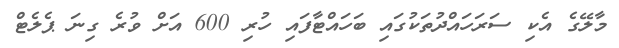
މާލޭގެ އެކި ސަރަހައްދުތަކުގައި ބަހައްޓާފައި ހުރި 600 އަށް ވުރެ ގިނަ ޕެލެޓް